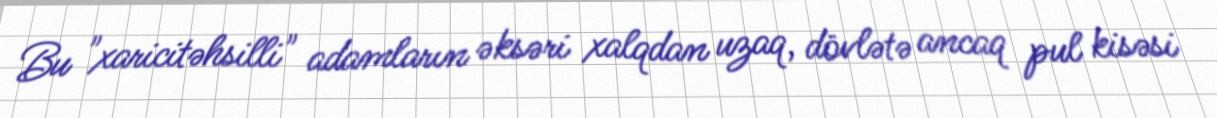
Bu "xaricitəhsilli" adamların əksəri xalqdan uzaq, dövlətə ancaq pul kisəsi